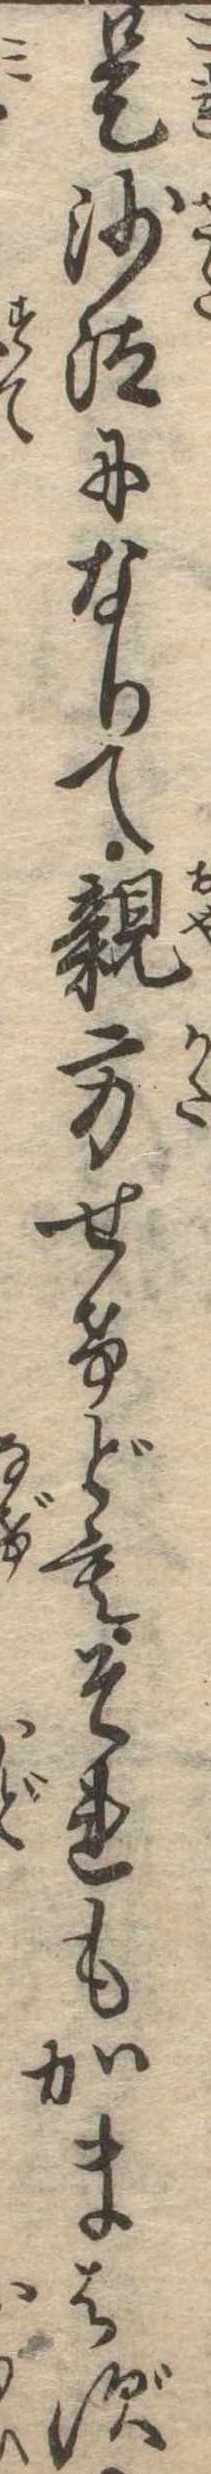
是沙汰になりて親方せけどもそれもかまはず